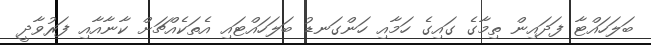
ބަލަހައްޓާ ފަދައިން ތިމާގެ ގައިގެ ހަމާއި ހަންގަނޑު ބަލަހައްޓައި އެތަކެއްޗަށް ކާނާއާއި ފަރުވާދީ